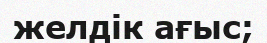
желдік ағыс;